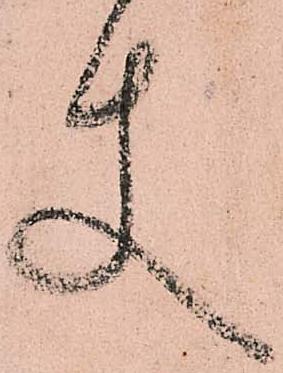
使